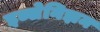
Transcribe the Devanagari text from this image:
इब्सेनिझम